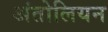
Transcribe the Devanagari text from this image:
अंतोलियन